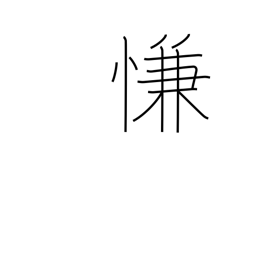
Meaning: satisfaction